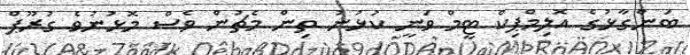
ބަންގާޅުގެ އޮލިމްޕިކް ޓީމް ވަނީ ކުޅުނު ތިން މެޗުން ވެސް މޮޅުނުވެ ގުރޫޕް